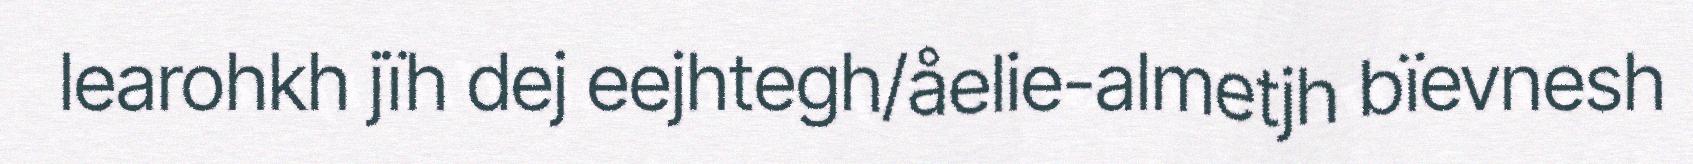
learohkh jïh dej eejhtegh/åelie-almetjh bïevnesh